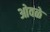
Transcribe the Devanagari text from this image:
ओवळे